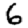
Digit: 6